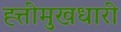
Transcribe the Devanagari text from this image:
ह्त्तीमुखधारी